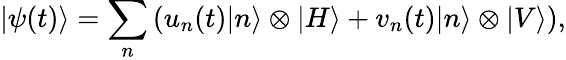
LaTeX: |\psi(t)\rangle=\sum_{n}\left(u_{n}(t)|n\rangle\otimes|H\rangle+v_{n}(t)|n\rangle\otimes|V\rangle\right),